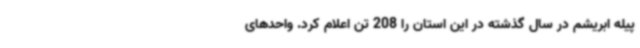
پیله ابریشم در سال گذشته در این استان را 208 تن اعلام کرد. واحدهای